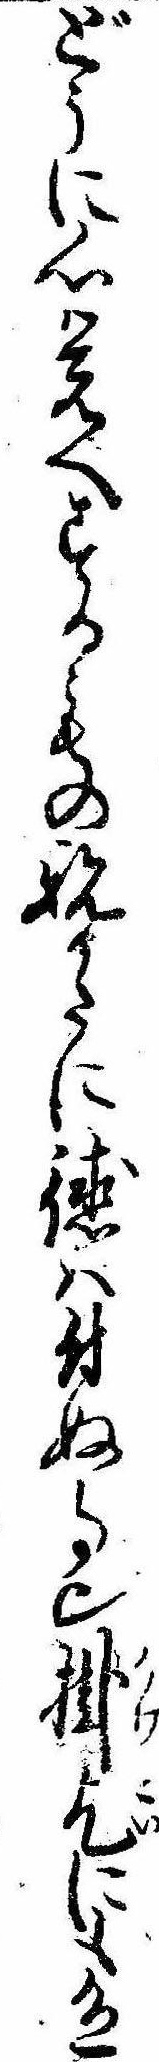
どうに心覚へするもの親かたに徳は付ぬ事也掛乞にも色